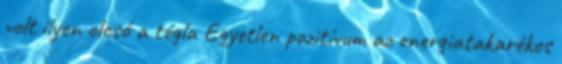
volt ilyen olcsó a tégla Egyetlen pozitívum az energiatakarékos